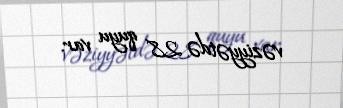
vəziyyətdə 28 quyu var.